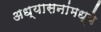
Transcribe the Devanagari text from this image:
अध्यासनांमध्ये